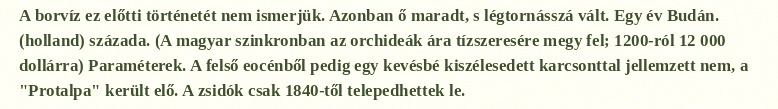
A borvíz ez előtti történetét nem ismerjük. Azonban ő maradt, s légtornásszá vált. Egy év Budán. (holland) százada. (A magyar szinkronban az orchideák ára tízszeresére megy fel; 1200-ról 12 000 dollárra) Paraméterek. A felső eocénből pedig egy kevésbé kiszélesedett karcsonttal jellemzett nem, a "Protalpa" került elő. A zsidók csak 1840-től telepedhettek le.